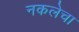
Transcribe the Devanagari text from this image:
नकलेचा